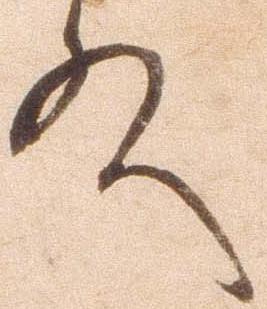
殿